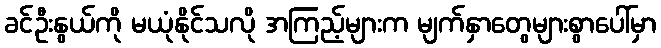
ခင်ဦးနွယ်ကို မယုံနိုင်သလို အကြည့်များက မျက်နှာတွေများစွာပေါ်မှာ